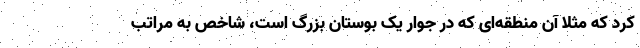
کرد که مثلا آن منطقه‌ای که در جوار یک بوستان بزرگ است، شاخص به مراتب